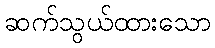
ဆက်သွယ်ထားသော